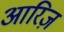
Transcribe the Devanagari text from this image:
आरिज़